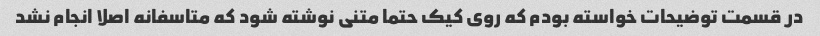
در قسمت توضیحات خواسته بودم که روی کیک حتما متنی نوشته شود که متاسفانه اصلا انجام نشد